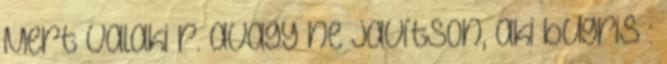
Mert valaki r. avagy ne javítson, aki bugris :